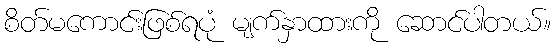
စိတ်မကောင်းဖြစ်ရပုံ မျက်နှာထားကို ဆောင်ပါတယ်။